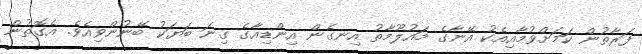
ފަރާތުން ކަމަށްވުމާއިއެކު އޭނާގެ މައުލޫމާތު އިނގެން އިންޑިއާގެ ގިނަ ބަޔަކު ބޭނުންވިއެވެ. އެގޮތުން